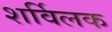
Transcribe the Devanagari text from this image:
शर्विलक